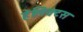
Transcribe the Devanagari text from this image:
हेलिक्टस